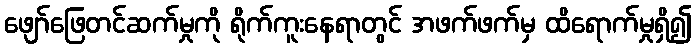
ဖျော်ဖြေတင်ဆက်မှုကို ရိုက်ကူးနေရာတွင် အဖက်ဖက်မှ ထိရောက်မှုရှိ၍